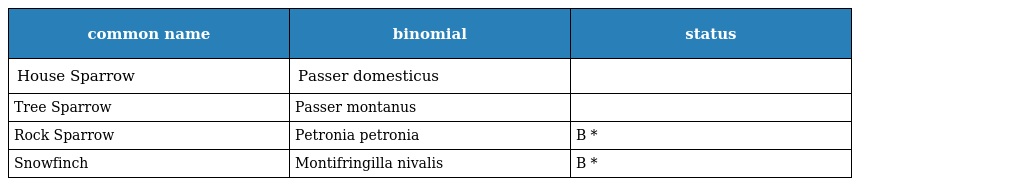
| common name | binomial | status |
 | --- | --- | --- |
 | House Sparrow | Passer domesticus |  |
 | Tree Sparrow | Passer montanus |  |
 | Rock Sparrow | Petronia petronia | B * |
 | Snowfinch | Montifringilla nivalis | B * |